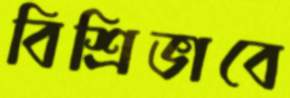
বিশ্রিভাবে